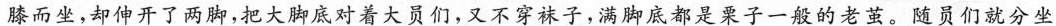
膝而坐,却伸开了两脚,把大脚底对着大员们,又不穿袜子,满脚底都是栗子一般的老茧。随员们就分坐